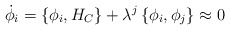
\begin{align*}\dot{\phi}_i=\left\{\phi_i,H_C\right\}+\lambda^{j}\left\{\phi_i,\phi_{j}\right\}\approx 0 \end{align*}